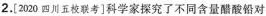
2.[2020四川五校联考]科学家探究了不同含量醋酸铅对